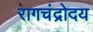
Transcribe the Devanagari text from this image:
रागचंद्रोदय